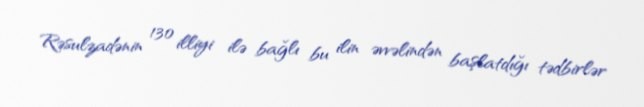
Rəsulzadənin 130 illiyi ilə bağlı bu ilin əvvəlindən başlatdığı tədbirlər